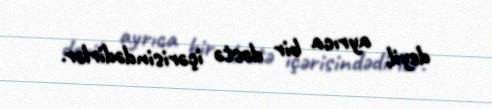
deyil, ayrıca bir dəstə içərisindədirlər.